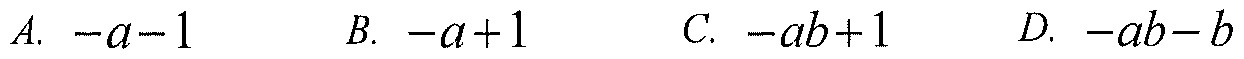
A. \(-a - 1\)  \(\quad\) B. \(-a + 1\)  \(\quad\) C. \(-ab + 1\)  \(\quad\) D. \(-ab - b\)